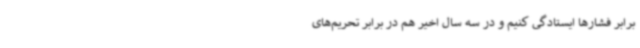
برابر فشارها ایستادگی‌ کنیم و در سه سال اخیر هم در برابر تحریم‌های